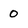
Character: 0